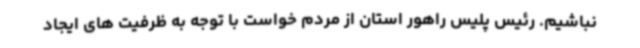
نباشیم. رئیس پلیس راهور استان از مردم خواست با توجه به ظرفیت های ایجاد